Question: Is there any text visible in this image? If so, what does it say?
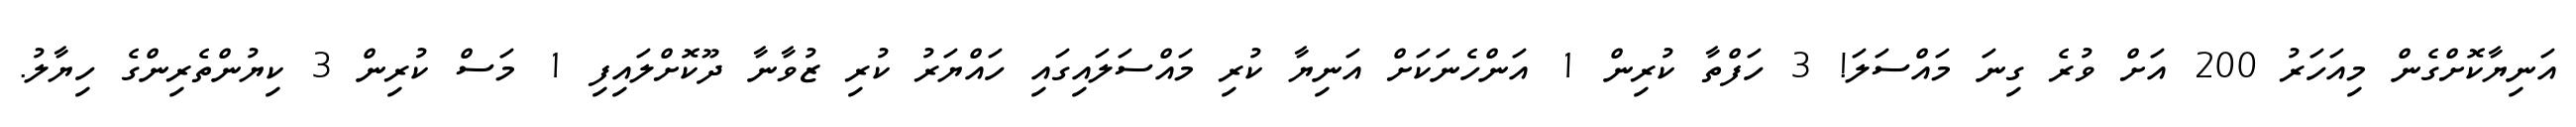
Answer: އަނިޔާކޮށްގެން މިއަހަރު 200 އަށް ވުރެ ގިނަ މައްސަލަ! 3 ހަފްތާ ކުރިން 1 އަންހެނަކަށް އަނިޔާ ކުރި މައްސަލައިގައި ހައްޔަރު ކުރި ޒުވާނާ ދޫކޮށްލައިފި 1 މަސް ކުރިން 3 ކިޔުންތެރިންގެ ހިޔާލު.